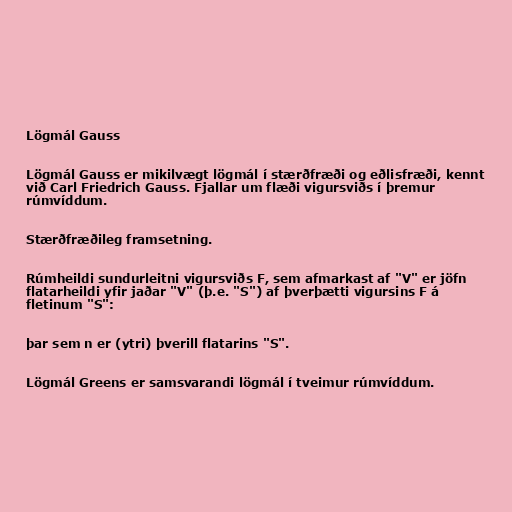
Lögmál Gauss

Lögmál Gauss er mikilvægt lögmál í stærðfræði og eðlisfræði, kennt
við Carl Friedrich Gauss. Fjallar um flæði vigursviðs í þremur
rúmvíddum.

Stærðfræðileg framsetning.

Rúmheildi sundurleitni vigursviðs F, sem afmarkast af "V" er jöfn
flatarheildi yfir jaðar "V" (þ.e. "S") af þverþætti vigursins F á
fletinum "S":

þar sem n er (ytri) þverill flatarins "S".

Lögmál Greens er samsvarandi lögmál í tveimur rúmvíddum.